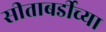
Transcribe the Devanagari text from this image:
सीताबर्डीच्या